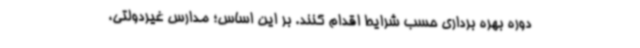
دوره بهره برداری حسب شرایط اقدام کنند. بر این اساس؛ مدارس غیردولتی،